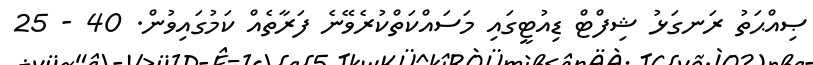
ޞިއްޙަތު ރަނގަޅު ޝިފްޓް ޑިއުޓީގައި މަސައްކަތްކުރެވޭނެ ފަރާތެއް ކަމުގައިވުން. 40 - 25